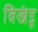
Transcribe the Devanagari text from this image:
विखंडू